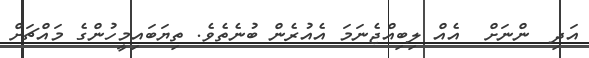
އަދި  ންނަށް  އެއް ލިބިއްޖެނަމަ އެއުރެން ބުނެތެވެ. ތިޔަބައިމީހުންގެ މައްޗަށް